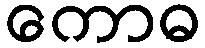
ကောဓ